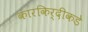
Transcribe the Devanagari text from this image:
कारकिर्दीकडे